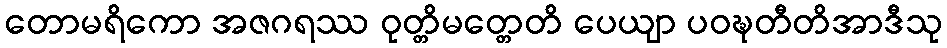
တောမရိကော အဇဂရဿ ဝုတ္တိမတ္တေတိ ပေယျာ ပဝဍ္ဎတီတိအာဒီသု